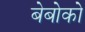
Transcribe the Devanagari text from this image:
बेबोको